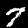
Digit: 7